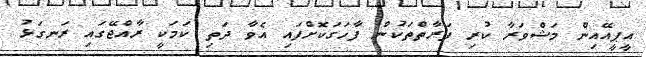
އީޕީއޭއިން މަޝްވަރާ ކުރި ފަރާތްތަކުން ފާހަގަކޮށްފައި އެވާ ދަތި ކަމަކީ ރާއްޖޭގައި ރަނގަޅު